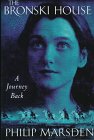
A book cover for The Bronski House; Philip Marsden; Travel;